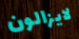
لايزالون